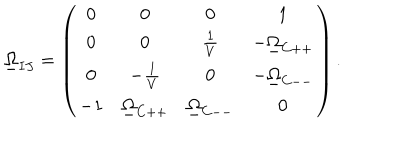
\underline { { { \Omega } } } _ { I J } = \left( \begin{array} { c c c c } { { 0 } } & { { 0 } } & { { 0 } } & { { 1 } } \\ { { 0 } } & { { 0 } } & { { \frac { 1 } { V } } } & { { - \underline { { { \Omega } } } _ { C + + } } } \\ { { 0 } } & { { - \frac { 1 } { V } } } & { { 0 } } & { { - \underline { { { \Omega } } } _ { C -- } } } \\ { { - 1 } } & { { \underline { { { \Omega } } } _ { C + + } } } & { { \underline { { { \Omega } } } _ { C -- } } } & { { 0 } } \\ \end{array} \right) .